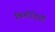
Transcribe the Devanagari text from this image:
किमोठियों